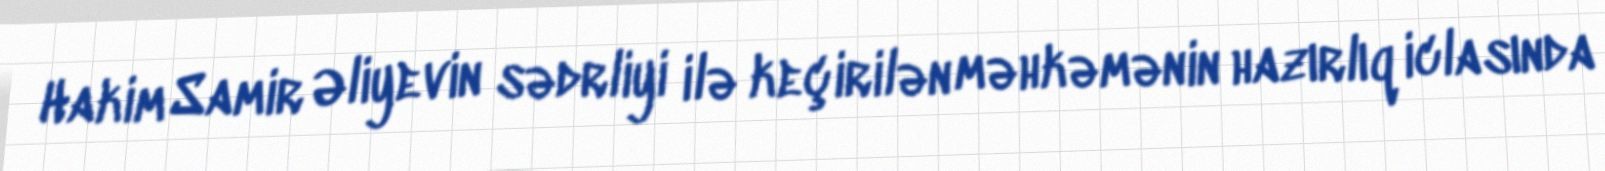
Hakim Samir Əliyevin sədrliyi ilə keçirilən məhkəmənin hazırlıq iclasında